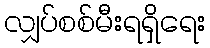
လျှပ်စစ်မီးရရှိရေး